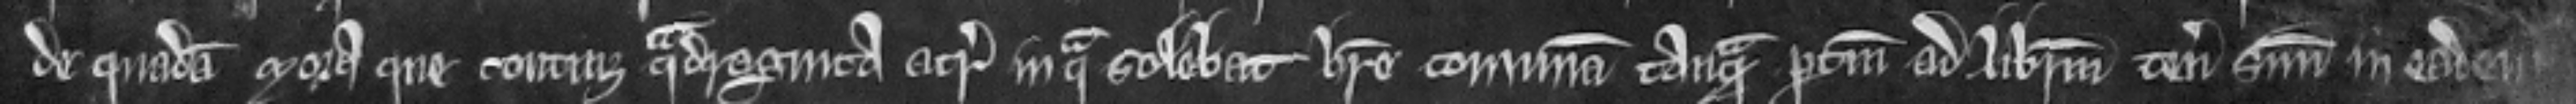
de quadam mora que continet quadraginta acras in qua solebat habere comunam tanquam pertinentam ad liberum tenementum suum in eadem